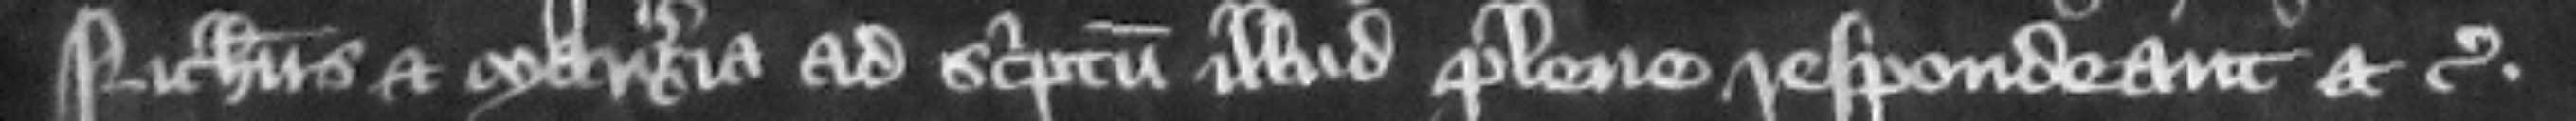
Nicholaus et Margeria ad scriptum illud plene respondeant etc.